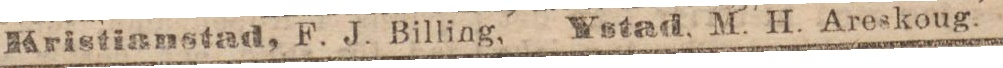
Kristianstad, F. J. Billing,    Ystad, M. H. Areskoug.